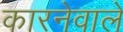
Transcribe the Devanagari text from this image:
कारनेवाले